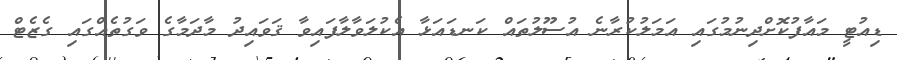
ޑިއުޓީ މައާފުކޮށްދިނުމުގައި އަމަލުކުރާނެ އުސޫލުތައް ކަނޑައަޅާ އެކުލަވާލާފައިވާ ޤަވައިދު މާދަމާގެ ވަގުތެއްގައި ގެޒެޓް